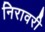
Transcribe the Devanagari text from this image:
निरावरी